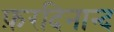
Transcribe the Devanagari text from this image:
फ़रदिनान्द